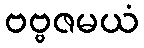
ဗဗ္ဗဇမယံ